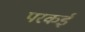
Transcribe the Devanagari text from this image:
परकई